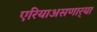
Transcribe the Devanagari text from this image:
एरियाअसणार्‍या